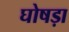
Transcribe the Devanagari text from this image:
घोषड़ा